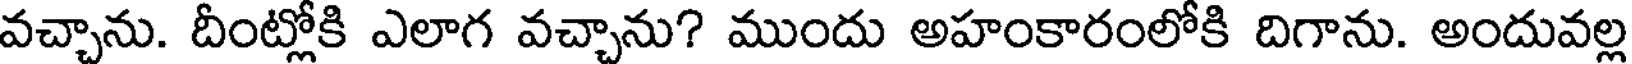
వచ్చాను. దీంట్లోకి ఎలాగ వచ్చాను? ముందు అహంకారంలోకి దిగాను. అందువల్ల